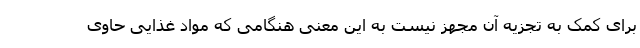
برای کمک به تجزیه آن مجهز نیست به این معنی هنگامی که مواد غذایی حاوی